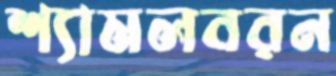
শ্যামলবরন